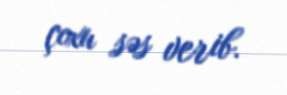
çoxu səs verib.